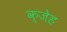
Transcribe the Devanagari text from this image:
क्जेह